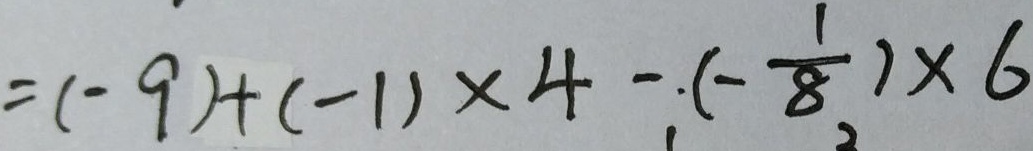
= ( - 9 ) + ( - 1 ) \times 4 - ( - \frac { 1 } { 8 } ) \times 6